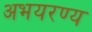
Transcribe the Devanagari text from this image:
अभयरण्य